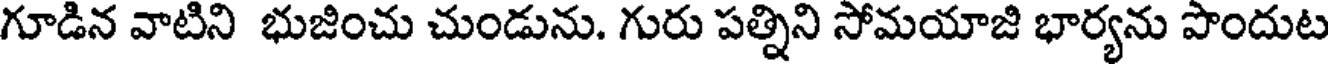
గూడిన వాటిని భుజించు చుండును. గురు పత్నిని సోమయాజి భార్యను పొందుట